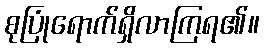
စုပြုံရောက်ရှိလာကြရ၏။